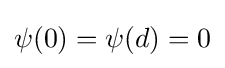
\psi (0)=\psi (d)=0